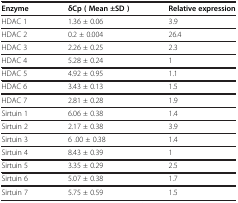
<table><thead><tr><td><b>Enzyme</b></td><td><b>δCp ( Mean ±SD )</b></td><td><b>Relative expression</b></td></tr></thead><tbody><tr><td>HDAC 1</td><td>1.36 ± 0.06</td><td>3.9</td></tr><tr><td>HDAC 2</td><td>0.2 ± 0.004</td><td>26.4</td></tr><tr><td>HDAC 3</td><td>2.26 ± 0.25</td><td>2.3</td></tr><tr><td>HDAC 4</td><td>5.28 ± 0.24</td><td>1</td></tr><tr><td>HDAC 5</td><td>4.92 ± 0.95</td><td>1.1</td></tr><tr><td>HDAC 6</td><td>3.43 ± 0.13</td><td>1.5</td></tr><tr><td>HDAC 7</td><td>2.81 ± 0.28</td><td>1.9</td></tr><tr><td>Sirtuin 1</td><td>6.06 ± 0.38</td><td>1.4</td></tr><tr><td>Sirtuin 2</td><td>2.17 ± 0.38</td><td>3.9</td></tr><tr><td>Sirtuin 3</td><td>6 .00 ± 0.38</td><td>1.4</td></tr><tr><td>Sirtuin 4</td><td>8.43 ± 0.39</td><td>1</td></tr><tr><td>Sirtuin 5</td><td>3.35 ± 0.29</td><td>2.5</td></tr><tr><td>Sirtuin 6</td><td>5.07 ± 0.38</td><td>1.7</td></tr><tr><td>Sirtuin 7</td><td>5.75 ± 0.59</td><td>1.5</td></tr></tbody></table>